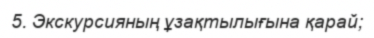
5. Экскурсияның ұзақтылығына қарай;